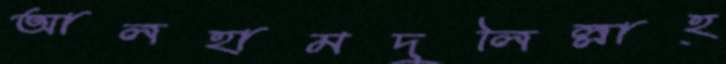
আলহামদুলিল্লাহ্